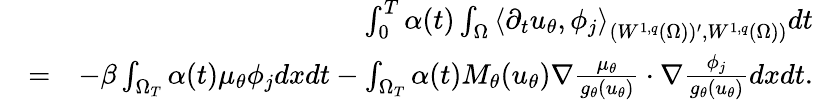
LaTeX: \begin{array}{rlr}&{}&{\int_{0}^{T}\alpha(t)\int_{\Omega}\left<\partial_{t}u_{\theta},\phi_{j}\right>_{(W^{1,q}(\Omega))^{\prime},W^{1,q}(\Omega))}dt}\\ &{=}&{-\beta\int_{\Omega_{T}}\alpha(t)\mu_{\theta}\phi_{j}dxdt-\int_{\Omega_{T}}\alpha(t)M_{\theta}(u_{\theta})\nabla\frac{\mu_{\theta}}{g_{\theta}(u_{\theta})}\cdot\nabla\frac{\phi_{j}}{g_{\theta}(u_{\theta})}dxdt.}\end{array}